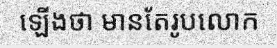
ឡើងថា មានតែរូបលោក